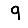
Digit: 9